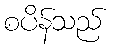
စပိန်သည်